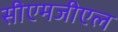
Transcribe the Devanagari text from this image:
सीएमजीएल